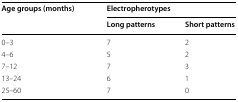
<table><thead><tr><td rowspan="2"><b>Age groups (months)</b></td><td colspan="2"><b>Electropherotypes</b></td></tr><tr><td><b>Long patterns</b></td><td><b>Short patterns</b></td></tr></thead><tbody><tr><td>0–3</td><td>7</td><td>2</td></tr><tr><td>4–6</td><td>5</td><td>2</td></tr><tr><td>7–12</td><td>7</td><td>3</td></tr><tr><td>13–24</td><td>6</td><td>1</td></tr><tr><td>25–60</td><td>7</td><td>0</td></tr></tbody></table>